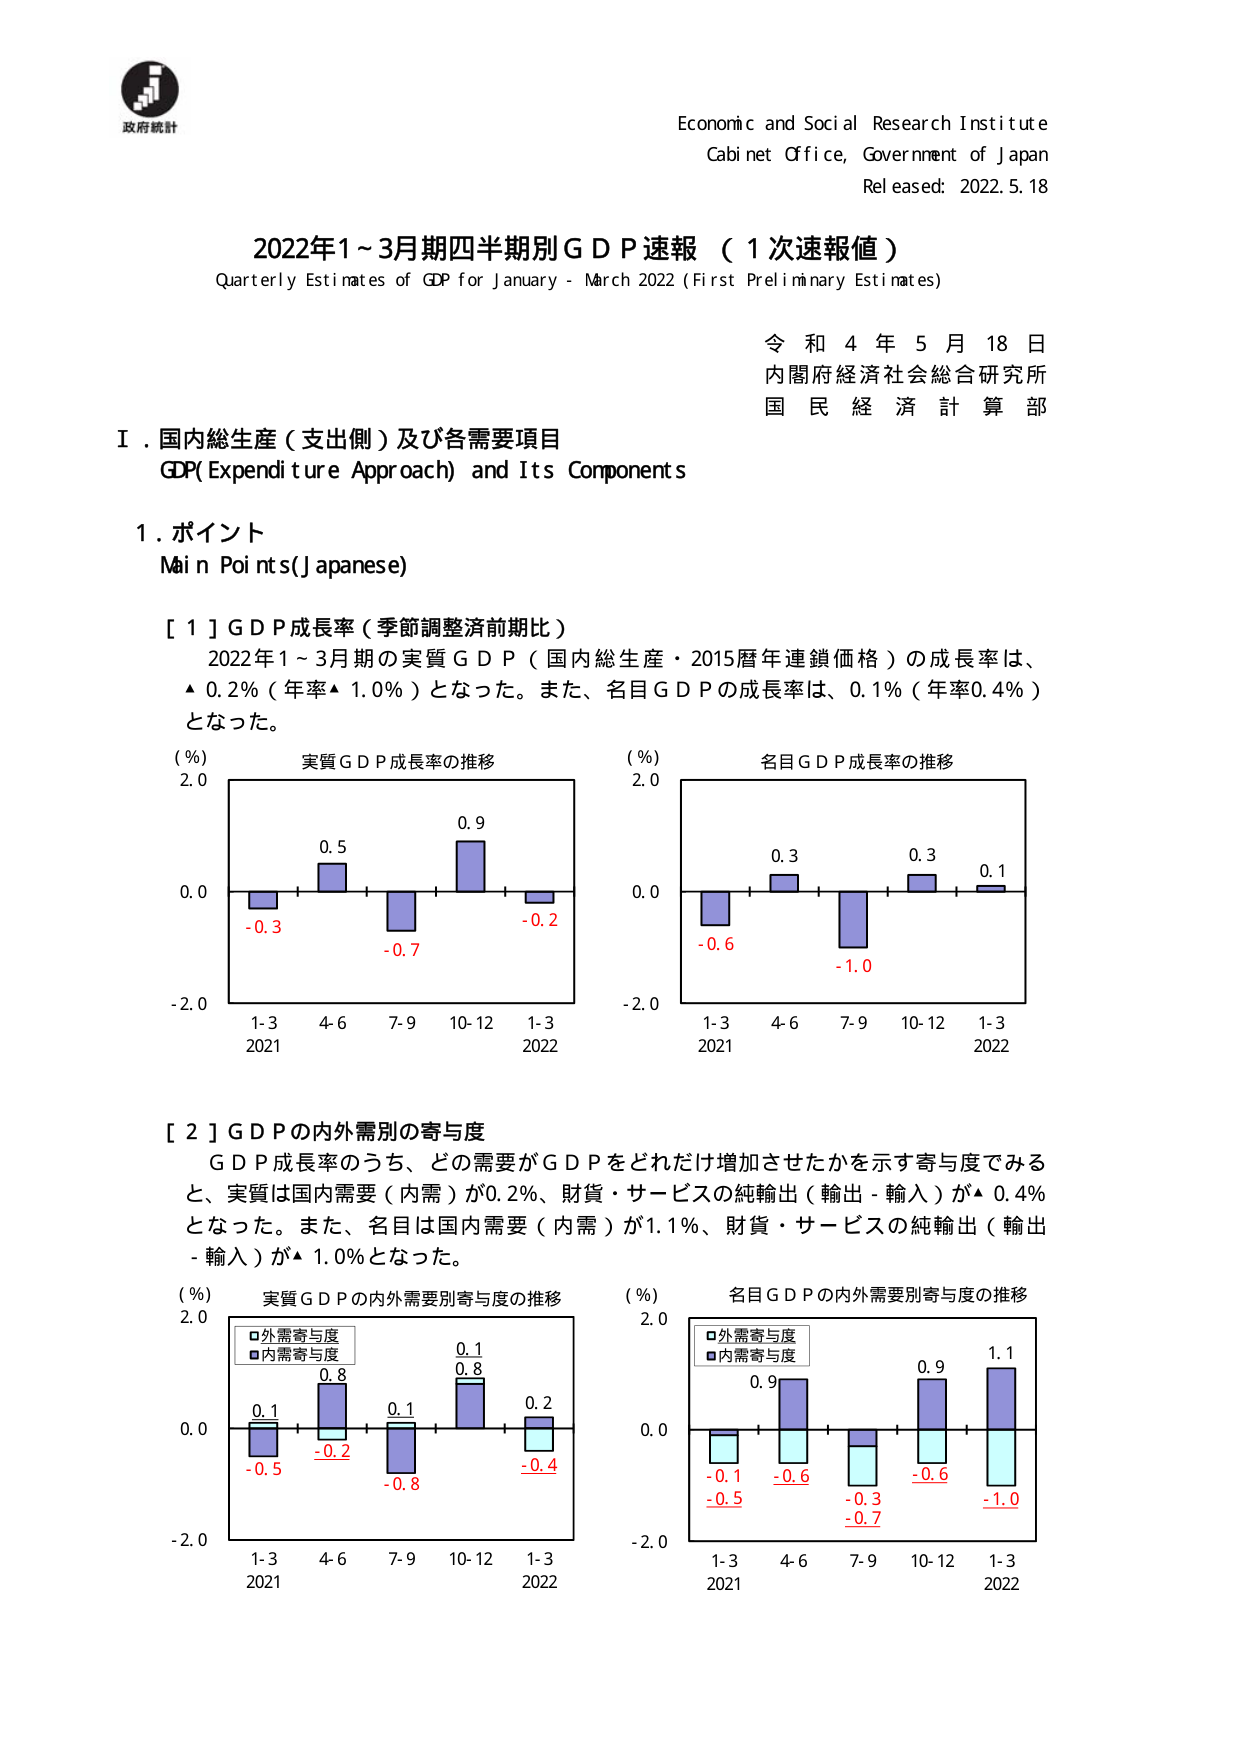
政府統計
Economic and Social Research Institute
Cabinet Office, Government of Japan
Released: 2022.5.18

2022年1～3月期四半期別GDP速報（1次速報値）
Quarterly Estimates of GDP for January - March 2022 (First Preliminary Estimates)

令和4年5月18日
内閣府経済社会総合研究所
国民経済計算部

Ⅰ．国内総生産（支出側）及び各需要項目
GDP (Expenditure Approach) and Its Components

1．ポイント
Main Points (Japanese)

[1] GDP成長率（季節調整済前期比）
2022年1～3月期の実質GDP（国内総生産・2015暦年連鎖価格）の成長率は、
▲0.2％（年率▲1.0％）となった。また、名目GDPの成長率は、0.1％（年率0.4％）
となった。

（％）
実質GDP成長率の推移
2.0
0.5
0.9
-0.3
-0.7
-0.2
0.0
-2.0
1-3 4-6 7-9 10-12 1-3
2021 2022

（％）
名目GDP成長率の推移
2.0
0.3
0.3
0.1
-0.6
-1.0
0.0
-2.0
1-3 4-6 7-9 10-12 1-3
2021 2022

[2] GDPの内外需要別の寄与度
GDP成長率のうち、どの需要がGDPをどれだけ増加させたかを示す寄与度でみる
と、実質は国内需要（内需）が0.2％、財貨・サービスの純輸出（輸出－輸入）が▲0.4％
となった。また、名目は国内需要（内需）が1.1％、財貨・サービスの純輸出（輸出
－輸入）が▲1.0％となった。

（％）
実質GDPの内外需要別寄与度の推移
2.0
0.1
0.8
0.1
0.1
0.2
-0.5
-0.2
-0.8
-0.4
0.0
-2.0
1-3 4-6 7-9 10-12 1-3
2021 2022
□外需寄与度
■内需寄与度

（％）
名目GDPの内外需要別寄与度の推移
2.0
0.9
0.9
1.1
-0.1
-0.6
-0.3
-0.6
-1.0
-0.5
-0.7
0.0
-2.0
1-3 4-6 7-9 10-12 1-3
2021 2022
□外需寄与度
■内需寄与度